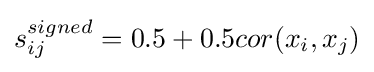
s_{ij}^{signed}=0.5+0.5cor(x_{i},x_{j})